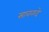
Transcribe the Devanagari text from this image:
सावळदे